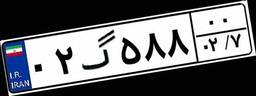
۰۲گ۵۸۸۰۰